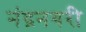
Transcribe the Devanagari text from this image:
नंद्रनगरी